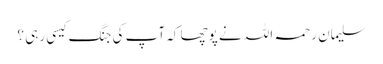
سلیمان رحمہ اللہ نے پوچھا کہ آپ کی جنگ کیسی رہی ؟